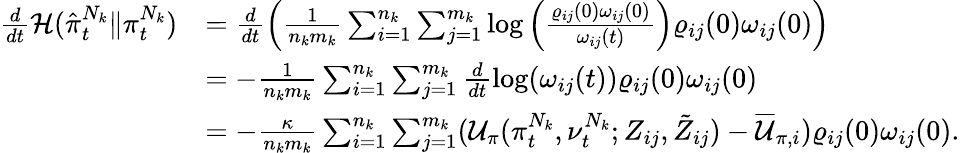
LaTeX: \begin{array}{rl}{\frac{d}{dt}\mathcal{H}(\hat{\pi}_{t}^{N_{k}}\lVert\pi_{t}^{N_{k}})}&{=\frac{d}{dt}\left(\frac{1}{n_{k}m_{k}}\sum_{i=1}^{n_{k}}\sum_{j=1}^{m_{k}}\log\left(\frac{\varrho_{ij}(0)\omega_{ij}(0)}{\omega_{ij}(t)}\right)\varrho_{ij}(0)\omega_{ij}(0)\right)}\\ &{=-\frac{1}{n_{k}m_{k}}\sum_{i=1}^{n_{k}}\sum_{j=1}^{m_{k}}\frac{d}{dt}\log(\omega_{ij}(t)){\varrho}_{ij}(0)\omega_{ij}(0)}\\ &{=-\frac{\kappa}{n_{k}m_{k}}\sum_{i=1}^{n_{k}}\sum_{j=1}^{m_{k}}(\mathcal{U}_{\pi}(\pi_{t}^{N_{k}},\nu_{t}^{N_{k}};Z_{ij},\tilde{Z}_{ij})-\overline{{\mathcal{U}}}_{\pi,i})\varrho_{ij}(0)\omega_{ij}(0).}\end{array}